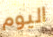
اليوم